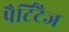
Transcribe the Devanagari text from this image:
पैर्टिटैज